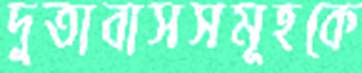
দুতাবাসসমূহকে